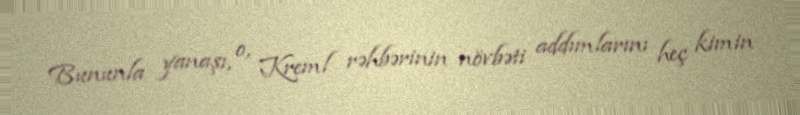
Bununla yanaşı, o, Kreml rəhbərinin növbəti addımlarını heç kimin